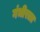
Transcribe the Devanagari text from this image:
गंभीरला